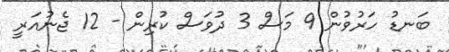
ބަނޑު ހަރުވުން 9 މަސް 3 ދުވަސް ކުރިން - 12 ޖެނުއަރީ